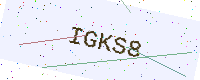
Text: IGKS8